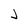
Character: J